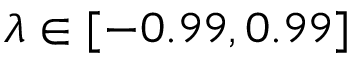
\lambda \in [ - 0 . 9 9 , 0 . 9 9 ]